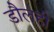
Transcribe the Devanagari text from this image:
डौलही